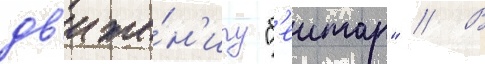
дв'иже́н'иу "б'еитар" // В